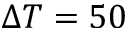
\Delta T = 5 0